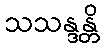
သသန္ဒန္တိ